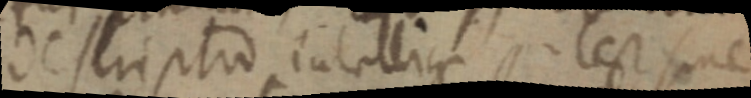
descriptio intelligi potest fine